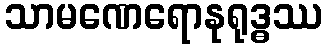
သာမဏေရောနုရုဒ္ဓဿ